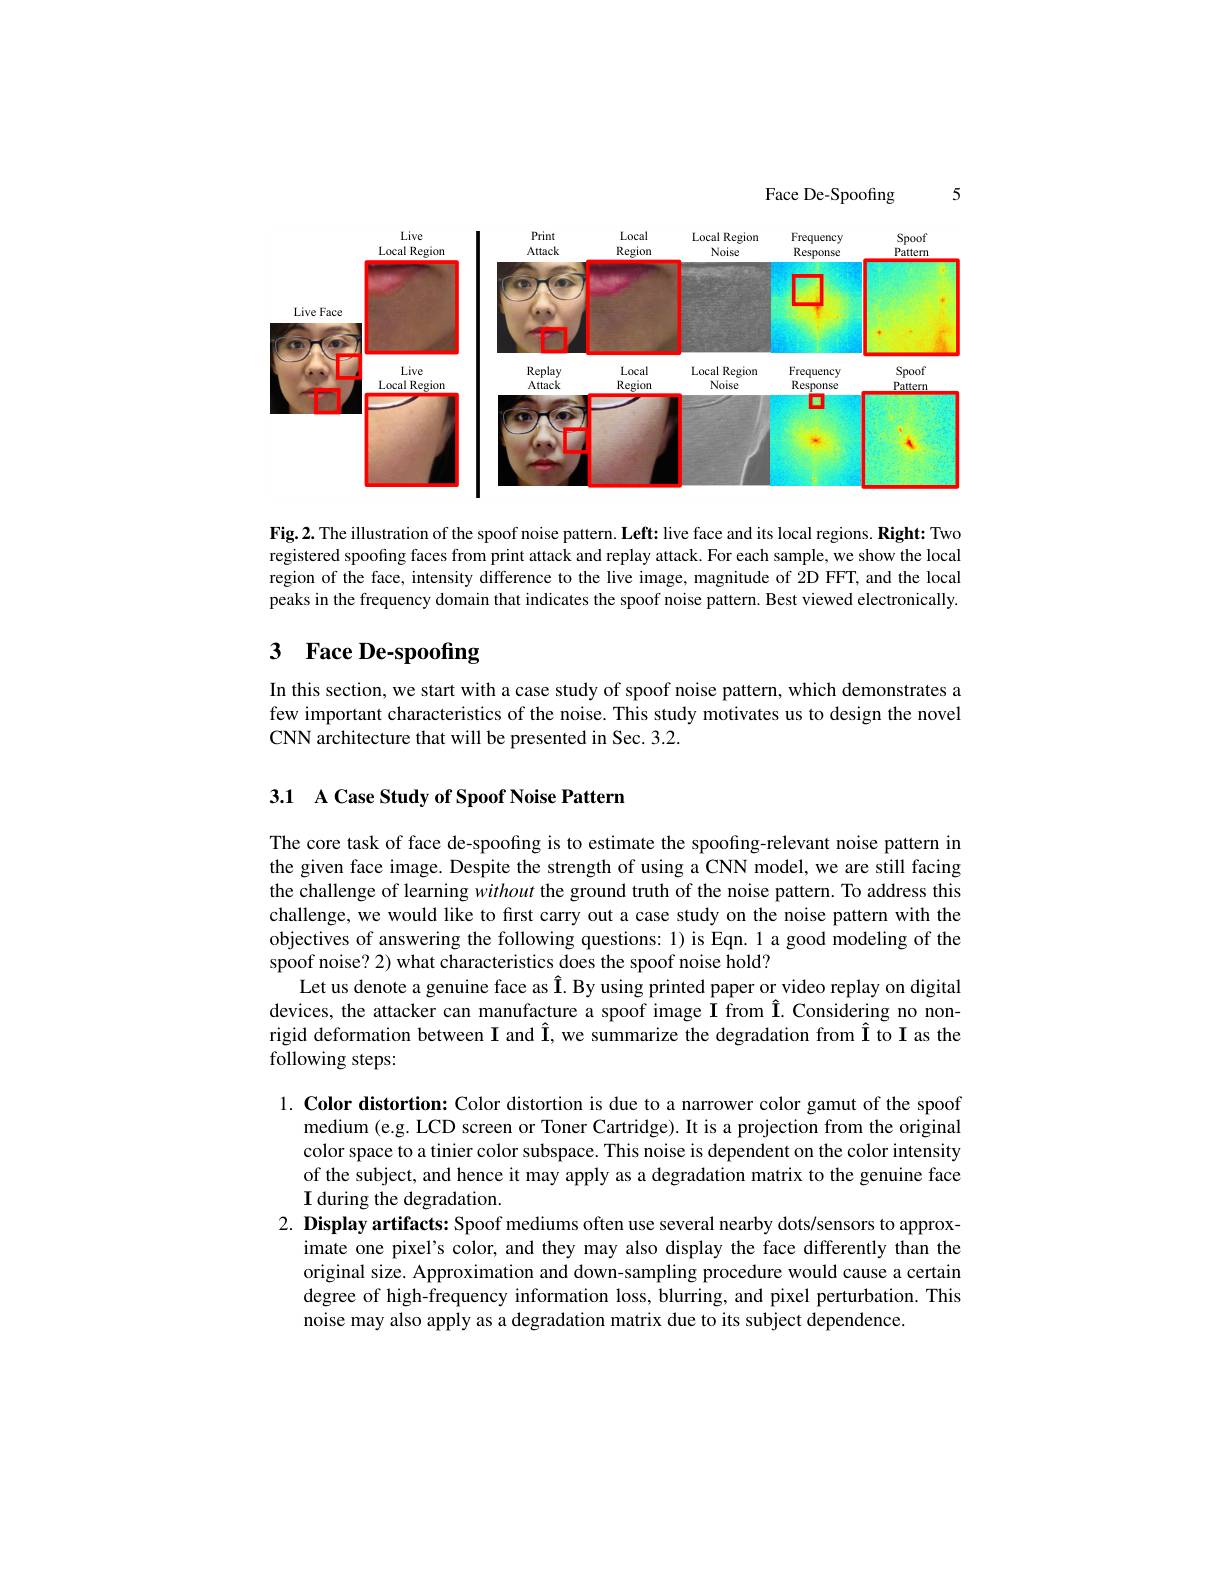
5

Face De-Spoofing

<FigureHere>

Fig.2. The illustration of the spoof noise pattern. Left: live face and its local regions. Right: Two registered spoofıng faces from print attack and replay attack. For each sample, we show the local region of the face, intensity difference to the live image, magnitude of 2D FFT, and the local peaks in the frequency domain that indicates the spoof noise pattern. Best viewed electronically.

# 3 Face De-spoofing

In this section, we start with a case study of spoof noise pattern, which demonstrates a few important characteristics of the noise. This study motivates us to design the novel CNN architecture that will be presented in Sec. 3.2.

## 3.1 A Case Study of Spoof Noise Patterm

The core task of face de-spoofing is to estimate the spoofing-relevant noise pattern in the given face image. Despite the strength of using a CNN model, we are still facing the challenge of learning without the ground truth of the noise pattern. To address this challenge, we would like to first carry out a case study on the noise pattern with the objectives of answering the following questions: 1) is Eqn. 1 a good modeling of the spoof noise? 2) what characteristics does the spoof noise hold?
Let us denote a genuine face as Î. By using printed paper or video replay on digital devices, the attacker can manufacture a spoof image I from I. Considering no nonrigid deformation between $\mathbf{I}$ and Î, we summarize the degradation from Î to I as the following steps:

1. Color distortion: Color distortion is due to a narrower color gamut of the spoof
medium (e.g. LCD screen or Toner Cartridge). It is a projection from the original color space to a tinier color subspace. This noise is dependent on the color intensity of the subject, and hence it may apply as a degradation matrix to the genuine face $\mathbf{I}$ during the degradation.
2. Display artifacts: Spoof mediums often use several nearby dots/sensors to approx-
imate one pixel's color, and they may also display the face differently than the original size. Approximation and down-sampling procedure would cause a certain degree of high-frequency information loss, blurring, and pixel perturbation. This noise may also apply as a degradation matrix due to its subject dependence